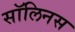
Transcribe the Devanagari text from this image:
सॉलिनस